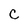
Character: C